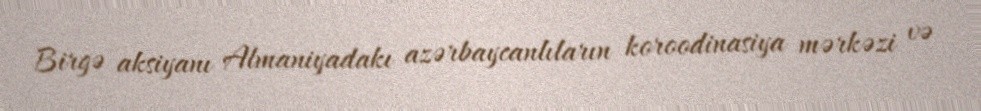
Birgə aksiyanı Almaniyadakı azərbaycanlıların koroodinasiya mərkəzi və